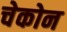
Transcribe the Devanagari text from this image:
चेकोन